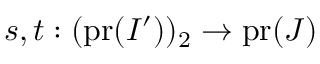
s , t : ( \mathrm { p r } ( I ^ { \prime } ) ) _ { 2 } \to \mathrm { p r } ( J )